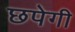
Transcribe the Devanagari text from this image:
छपेगी